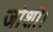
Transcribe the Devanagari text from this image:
जोशी।